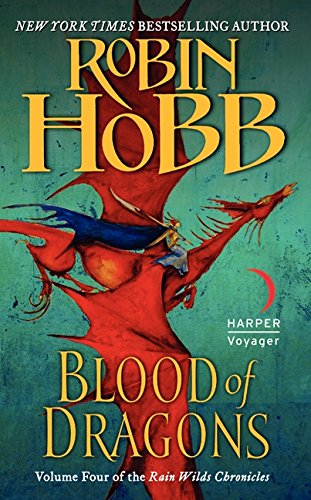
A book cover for Blood of Dragons: Volume Four of the Rain Wilds Chronicles; Robin Hobb; Science Fiction & Fantasy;